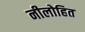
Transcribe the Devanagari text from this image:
नीलोहित